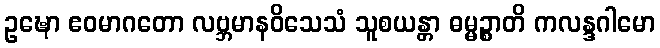
ဥဍ္ဎော ဧဝမာဂတော လဗ္ဘမာနဝိသေသံ သူစယန္တာ ဓမ္မဉ္စာတိ ကလန္ဒဂါမော